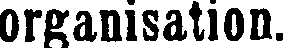
organisation.